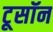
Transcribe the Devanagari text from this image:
टूसॉन